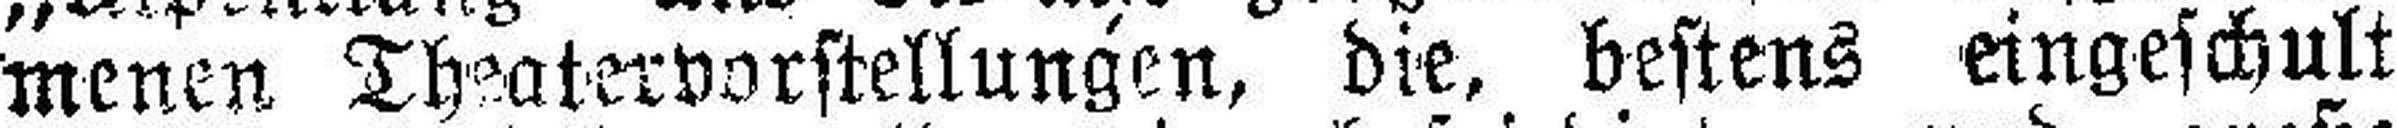
menen Theatervorstellungen, die, bestens eingeschult